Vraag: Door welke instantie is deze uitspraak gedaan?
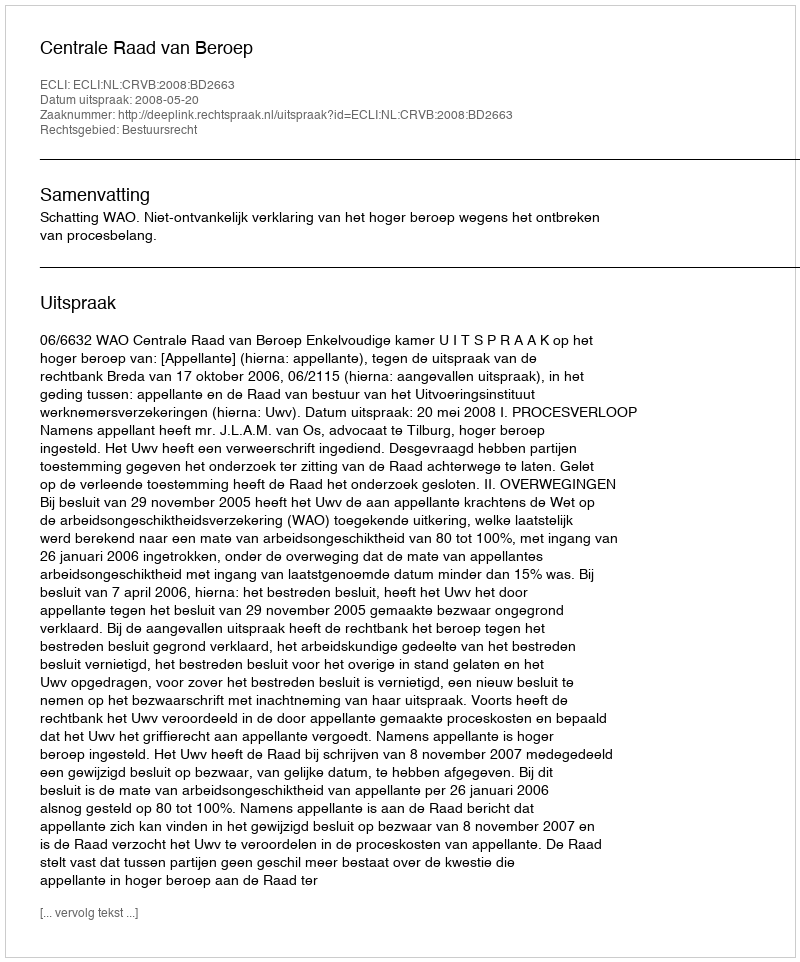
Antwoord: Centrale Raad van Beroep